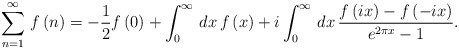
\begin{align*}\sum _{n=1}^{\infty }\, f\left( n\right) =-\frac{1}{2}f\left( 0\right) +\int _{0}^{\infty }\, dx\, f\left( x\right) +i\int _{0}^{\infty }\, dx\, \frac{f\left( ix\right) -f\left( -ix\right) }{e^{2\pi x}-1}.\end{align*}